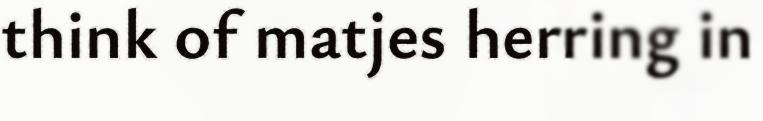
think of matjes herring in